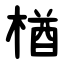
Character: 楢